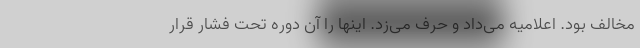
مخالف بود. اعلامیه می‌داد و حرف می‌زد. اینها را آن دوره تحت فشار قرار